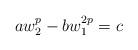
LaTeX: \begin{align*} aw_{2}^{p}-bw_{1}^{2p}=c \end{align*}